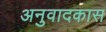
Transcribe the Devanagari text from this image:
अनुवादकास